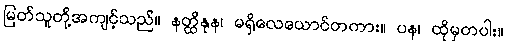
မြတ်သူတို့အကျင့်သည်။ နတ္ထိနုန၊ မရှိလေယောင်တကား။ ပန၊ ထိုမှတပါး။